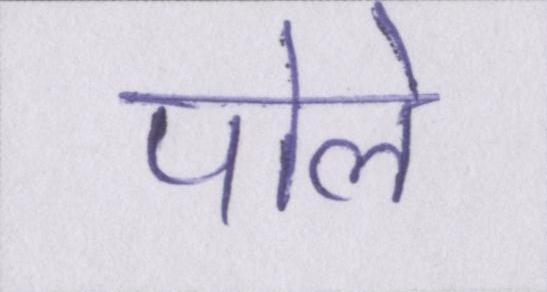
पोले